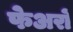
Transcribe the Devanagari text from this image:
फेअरों